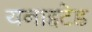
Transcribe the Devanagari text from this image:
यनाइटेड